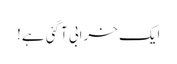
ایک خرابی آگئی ہے!